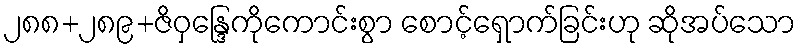
၂၈၈+၂၈၉+ဇိဝှန္ဒြေကိုကောင်းစွာ စောင့်ရှောက်ခြင်းဟု ဆိုအပ်သော